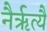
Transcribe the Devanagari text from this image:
नैर्ऋत्यै